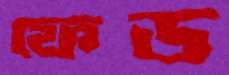
ফেড